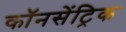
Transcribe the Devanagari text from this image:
कॉनसेंट्रिक